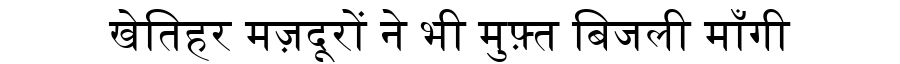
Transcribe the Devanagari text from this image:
खेतिहर मज़दूरों ने भी मुफ़्त बिजली माँगी